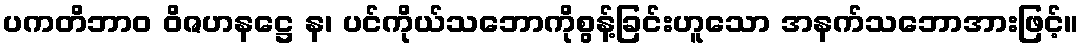
ပကတိဘာဝ ဝိဇဟနဋ္ဌေ န၊ ပင်ကိုယ်သဘောကိုစွန့်ခြင်းဟူသော အနက်သဘောအားဖြင့်။